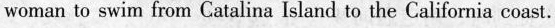
woman to swim from Catalina Islandto the California coast.